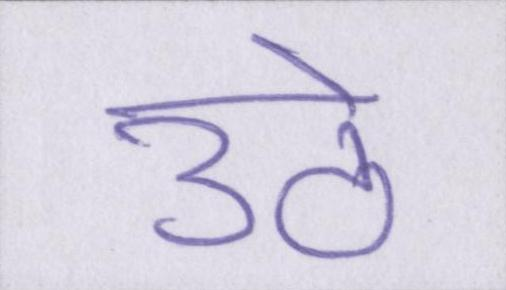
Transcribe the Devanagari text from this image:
उठे